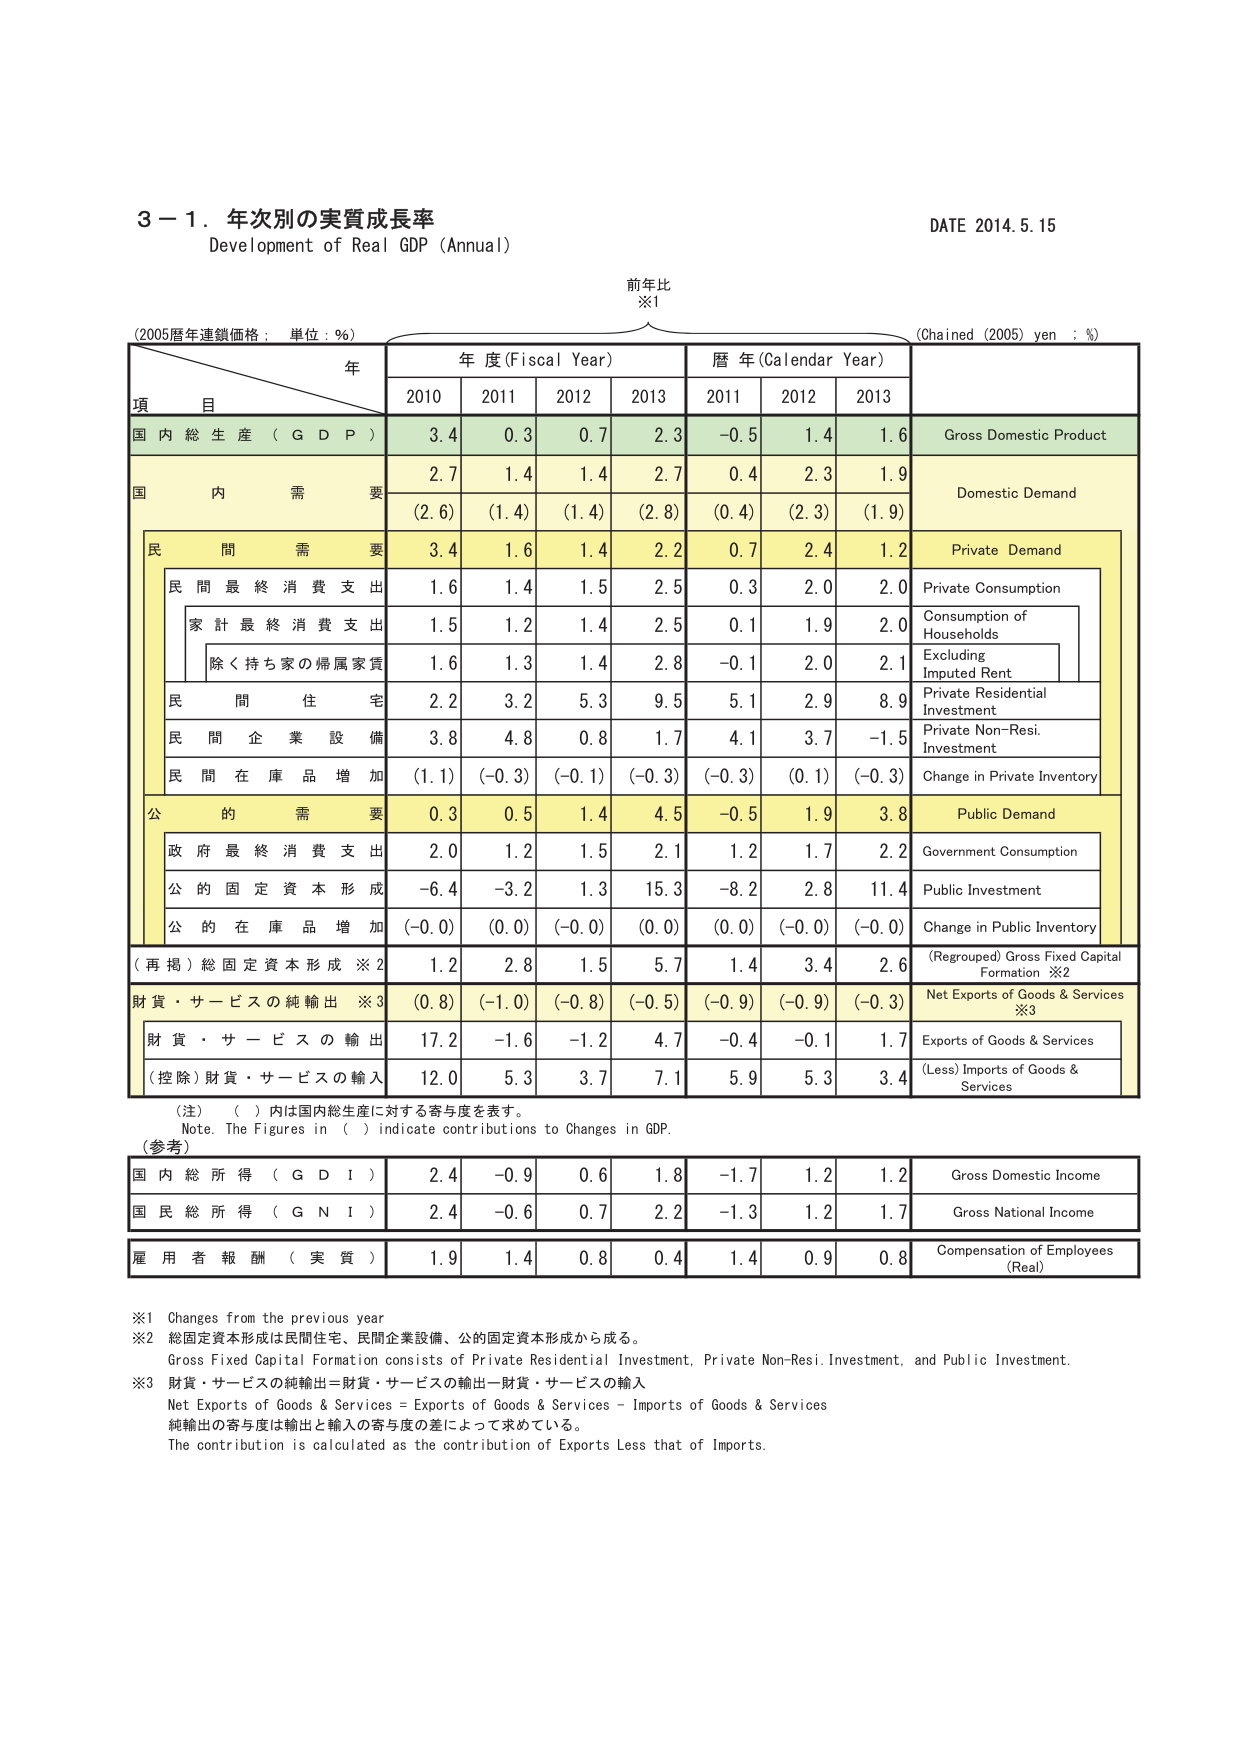
3－1．年次別の実質成長率
Development of Real GDP (Annual)
DATE 2014.5.15

前年比
※1

(2005暦年連鎖価格；単位：％)
(Chained (2005) yen；％)

年
年度(Fiscal Year)
暦年(Calendar Year)

項 目
2010
2011
2012
2013
2011
2012
2013

国内総生産（GDP）
3.4
0.3
0.7
2.3
-0.5
1.4
1.6
Gross Domestic Product

国内需要
2.7
1.4
1.4
2.7
0.4
2.3
1.9
Domestic Demand
(2.6)
(1.4)
(1.4)
(2.8)
(0.4)
(2.3)
(1.9)

民間需要
3.4
1.6
1.4
2.2
0.7
2.4
1.2
Private Demand

民間最終消費支出
1.6
1.4
1.5
2.5
0.3
2.0
2.0
Private Consumption

家計最終消費支出
1.5
1.2
1.4
2.5
0.1
1.9
2.0
Consumption of Households

除く持ち家の帰属家賃
1.6
1.3
1.4
2.8
-0.1
2.0
2.1
Excluding Imputed Rent

民間住宅
2.2
3.2
5.3
9.5
5.1
2.9
8.9
Private Residential Investment

民間企業設備
3.8
4.8
0.8
1.7
4.1
3.7
-1.5
Private Non-Resi. Investment

民間在庫品増加
(1.1)
(-0.3)
(-0.1)
(-0.3)
(-0.3)
(0.1)
(-0.3)
Change in Private Inventory

公的需要
0.3
0.5
1.4
4.5
-0.5
1.9
3.8
Public Demand

政府最終消費支出
2.0
1.2
1.5
2.1
1.2
1.7
2.2
Government Consumption

公的固定資本形成
-6.4
-3.2
1.3
15.3
-8.2
2.8
11.4
Public Investment

公的在庫品増加
(-0.0)
(0.0)
(-0.0)
(0.0)
(0.0)
(-0.0)
(-0.0)
Change in Public Inventory

（再掲）総固定資本形成※2
1.2
2.8
1.5
5.7
1.4
3.4
2.6
(Regrouped) Gross Fixed Capital Formation ※2

財貨・サービスの純輸出※3
(0.8)
(-1.0)
(-0.8)
(-0.5)
(-0.9)
(-0.9)
(-0.3)
Net Exports of Goods & Services ※3

財貨・サービスの輸出
17.2
-1.6
-1.2
4.7
-0.4
-0.1
1.7
Exports of Goods & Services

（控除）財貨・サービスの輸入
12.0
5.3
3.7
7.1
5.9
5.3
3.4
(Less) Imports of Goods & Services

（注）（ ）内は国内総生産に対する寄与度を表す。
Note. The Figures in ( ) indicate contributions to Changes in GDP.

（参考）

国内総所得（GDI）
2.4
-0.9
0.6
1.8
-1.7
1.2
1.2
Gross Domestic Income

国民総所得（GNI）
2.4
-0.6
0.7
2.2
-1.3
1.2
1.7
Gross National Income

雇用者報酬（実質）
1.9
1.4
0.8
0.4
1.4
0.9
0.8
Compensation of Employees (Real)

※1 Changes from the previous year
※2 総固定資本形成は民間住宅、民間企業設備、公的固定資本形成から成る。
Gross Fixed Capital Formation consists of Private Residential Investment, Private Non-Resi. Investment, and Public Investment.
※3 財貨・サービスの純輸出＝財貨・サービスの輸出－財貨・サービスの輸入
Net Exports of Goods & Services = Exports of Goods & Services – Imports of Goods & Services
純輸出の寄与度は輸出と輸入の寄与度の差によって求めている。
The contribution is calculated as the contribution of Exports Less that of Imports.